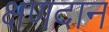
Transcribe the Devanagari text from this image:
क्षणदान